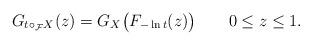
LaTeX: \begin{align*}G_{t\circ_\mathcal{F}X}(z)=G_X\big(F_{-\ln t}(z)\big)\qquad0\leq z\leq1.\end{align*}